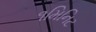
૧મિનિટ